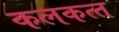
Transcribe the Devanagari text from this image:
कलकत्‍त